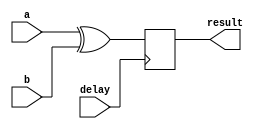
module xor_gate_delay (
    input  wire         a,
    input  wire         b,
    output reg          result,
    input  wire         delay
);

always @(posedge delay) begin
    result <= a ^ b;
end

endmodule